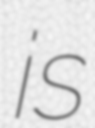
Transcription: is